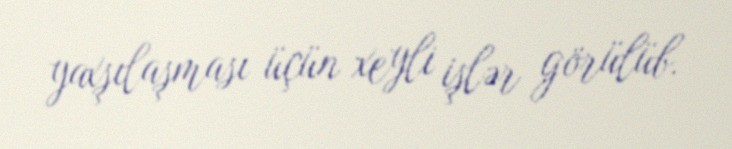
yaxşılaşması üçün xeyli işlər görülüb.